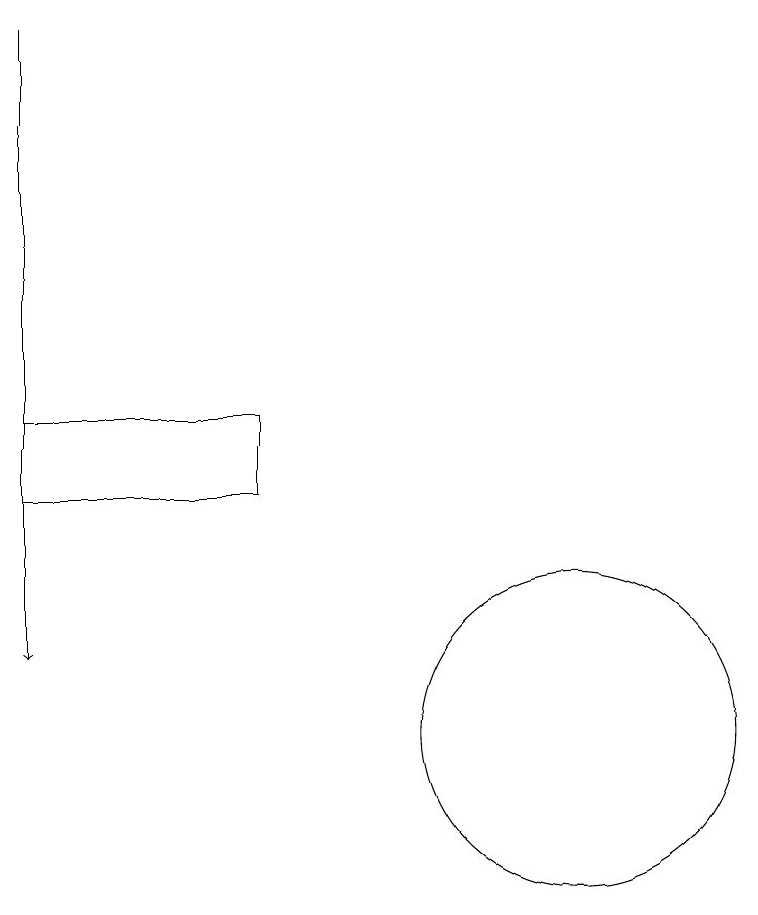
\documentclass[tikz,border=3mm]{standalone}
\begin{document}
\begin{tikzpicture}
\draw (10,10) circle (2);
\draw[->] (3,19) -- (3,11);
\draw (6,14) rectangle (3,13);
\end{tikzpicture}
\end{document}